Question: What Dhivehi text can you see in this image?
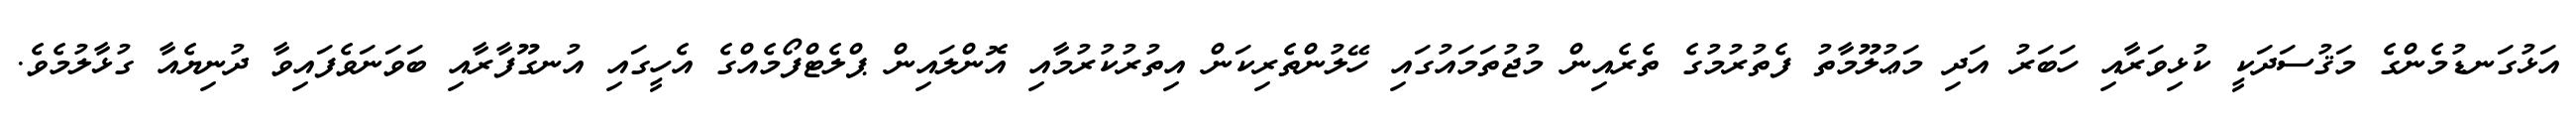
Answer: އަޅުގަނޑުމެންގެ މަޤުސަދަކީ ކުޅިވަރާއި ހަބަރު އަދި މަޢުލޫމާތު ފެތުރުމުގެ ތެރެއިން މުޖުތަމައުގައި ހޭލުންތެރިކަން އިތުރުކުރުމާއި އޮންލައިން ޕްލެޓްފޯމެއްގެ އެހީގައި އުނގޫފާރާއި ބަވަނަވެފައިވާ ދުނިޔެއާ ގުޅާލުމެވެ.